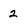
Character: 2